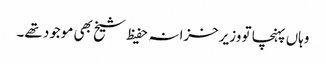
وہاں پہنچا تو وزیرخزانہ حفیظ شیخ بھی موجود تھے۔